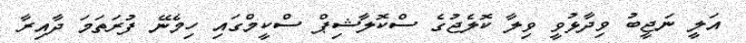
އަލީ ނަޖީބު ވިދާޅުވީ ވިލާ ކޮލެޖުގެ ސްކޮލާޝިޕް ސްކީމްގައި ހިމެނޭ ފުރަތަމަ ދާއިރާ